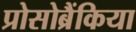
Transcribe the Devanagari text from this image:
प्रोसोब्रैंकिया